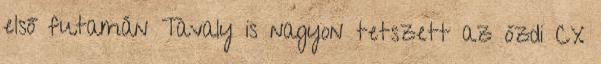
első futamán Tavaly is nagyon tetszett az ózdi CX